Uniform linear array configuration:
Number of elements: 4
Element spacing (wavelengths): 0.5
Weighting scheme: uniform
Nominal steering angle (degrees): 30
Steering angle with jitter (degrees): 31.899
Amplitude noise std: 0.05
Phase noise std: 0.05

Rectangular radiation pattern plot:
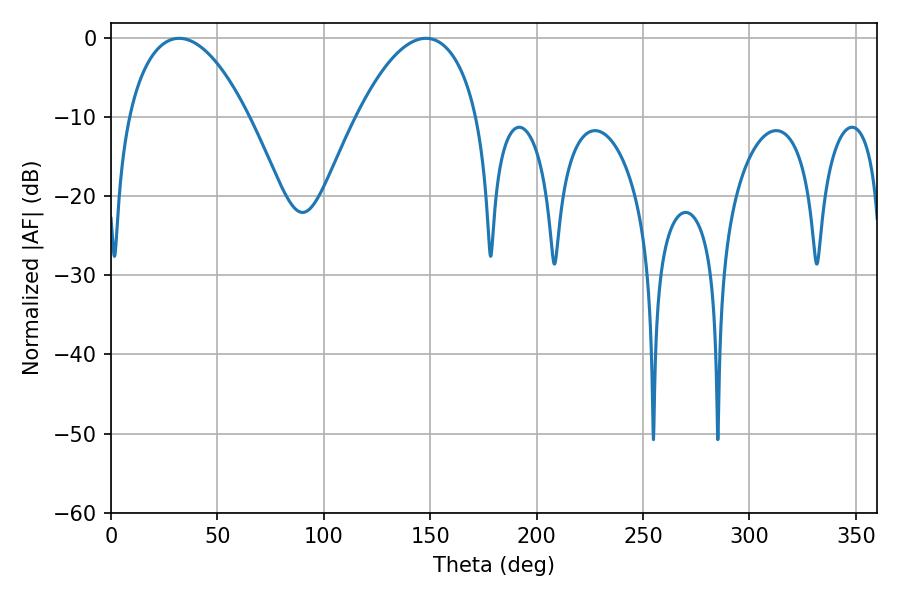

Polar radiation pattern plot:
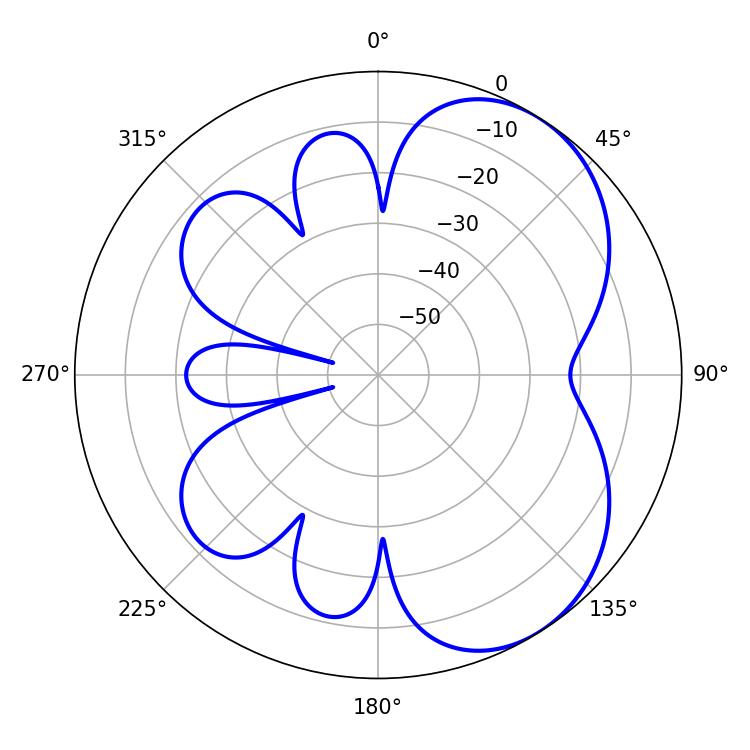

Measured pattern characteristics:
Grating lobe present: FALSE
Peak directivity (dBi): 5.185
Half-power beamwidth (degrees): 31.68
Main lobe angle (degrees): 32.04